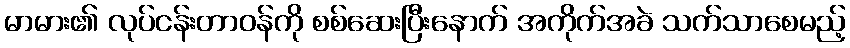
မာမား၏ လုပ်ငန်းတာဝန်ကို စစ်ဆေးပြီးနောက် အကိုက်အခဲ သက်သာစေမည့်